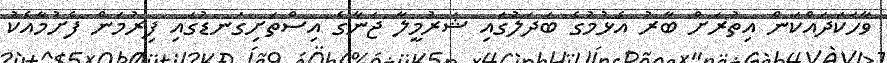
ވާހަކަދައްކަން އިތުރަށް ބާރު އެޅުމުގެ ބަދަލުގައި ޝަރުމީލާ ޖަނާގެ އިސްތަށިގަނޑުގައި ފިރުމަން ފެށުމާއެކު